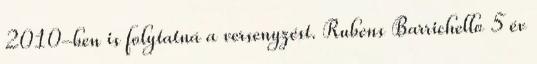
2010-ben is folytatná a versenyzést. Rubens Barrichello 5 év